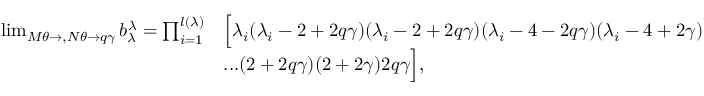
\begin{array} { r l } { \operatorname* { l i m } _ { M \theta \rightarrow , N \theta \rightarrow q \gamma } b _ { \lambda } ^ { \lambda } = \prod _ { i = 1 } ^ { l ( \lambda ) } } & { \Big [ \lambda _ { i } ( \lambda _ { i } - 2 + 2 q \gamma ) ( \lambda _ { i } - 2 + 2 q \gamma ) ( \lambda _ { i } - 4 - 2 q \gamma ) ( \lambda _ { i } - 4 + 2 \gamma ) } \\ & { . . . ( 2 + 2 q \gamma ) ( 2 + 2 \gamma ) 2 q \gamma \Big ] , } \end{array}